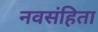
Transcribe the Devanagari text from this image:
नवसंहिता